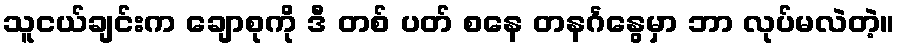
သူငယ်ချင်းက ချောစုကို ဒီ တစ် ပတ် စနေ တနင်္ဂနွေမှာ ဘာ လုပ်မလဲတဲ့။